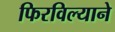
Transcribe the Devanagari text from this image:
फिरविल्याने